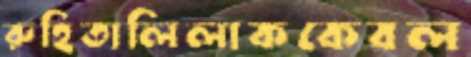
রুহিতালিলাককেবল